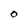
Character: O